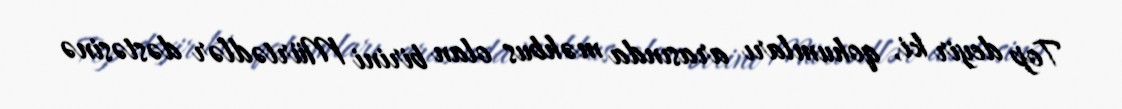
Top deyir ki, qohumları arasında məhbus olan birini Mürtədlər dəstəsinə